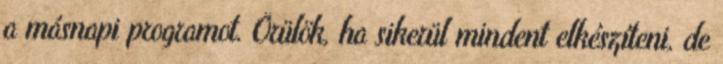
a másnapi programot. Örülök, ha sikerül mindent elkészíteni, de